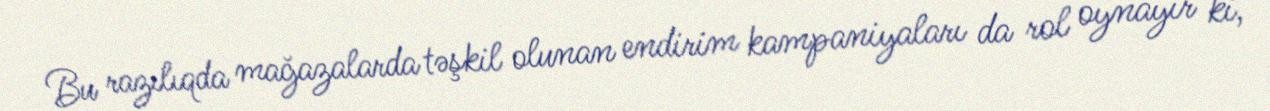
Bu razılıqda mağazalarda təşkil olunan endirim kampaniyaları da rol oynayır ki,